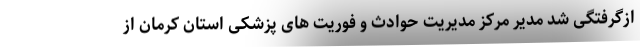
ازگرفتگی شد مدیر مرکز مدیریت حوادث و فوریت های پزشکی استان کرمان از